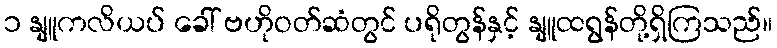
၁ နျူကလိယပ် ခေါ် ဗဟိုဝတ်ဆံတွင် ပရိုတွန်နှင့် နျူထရွန်တို့ရှိကြသည်။